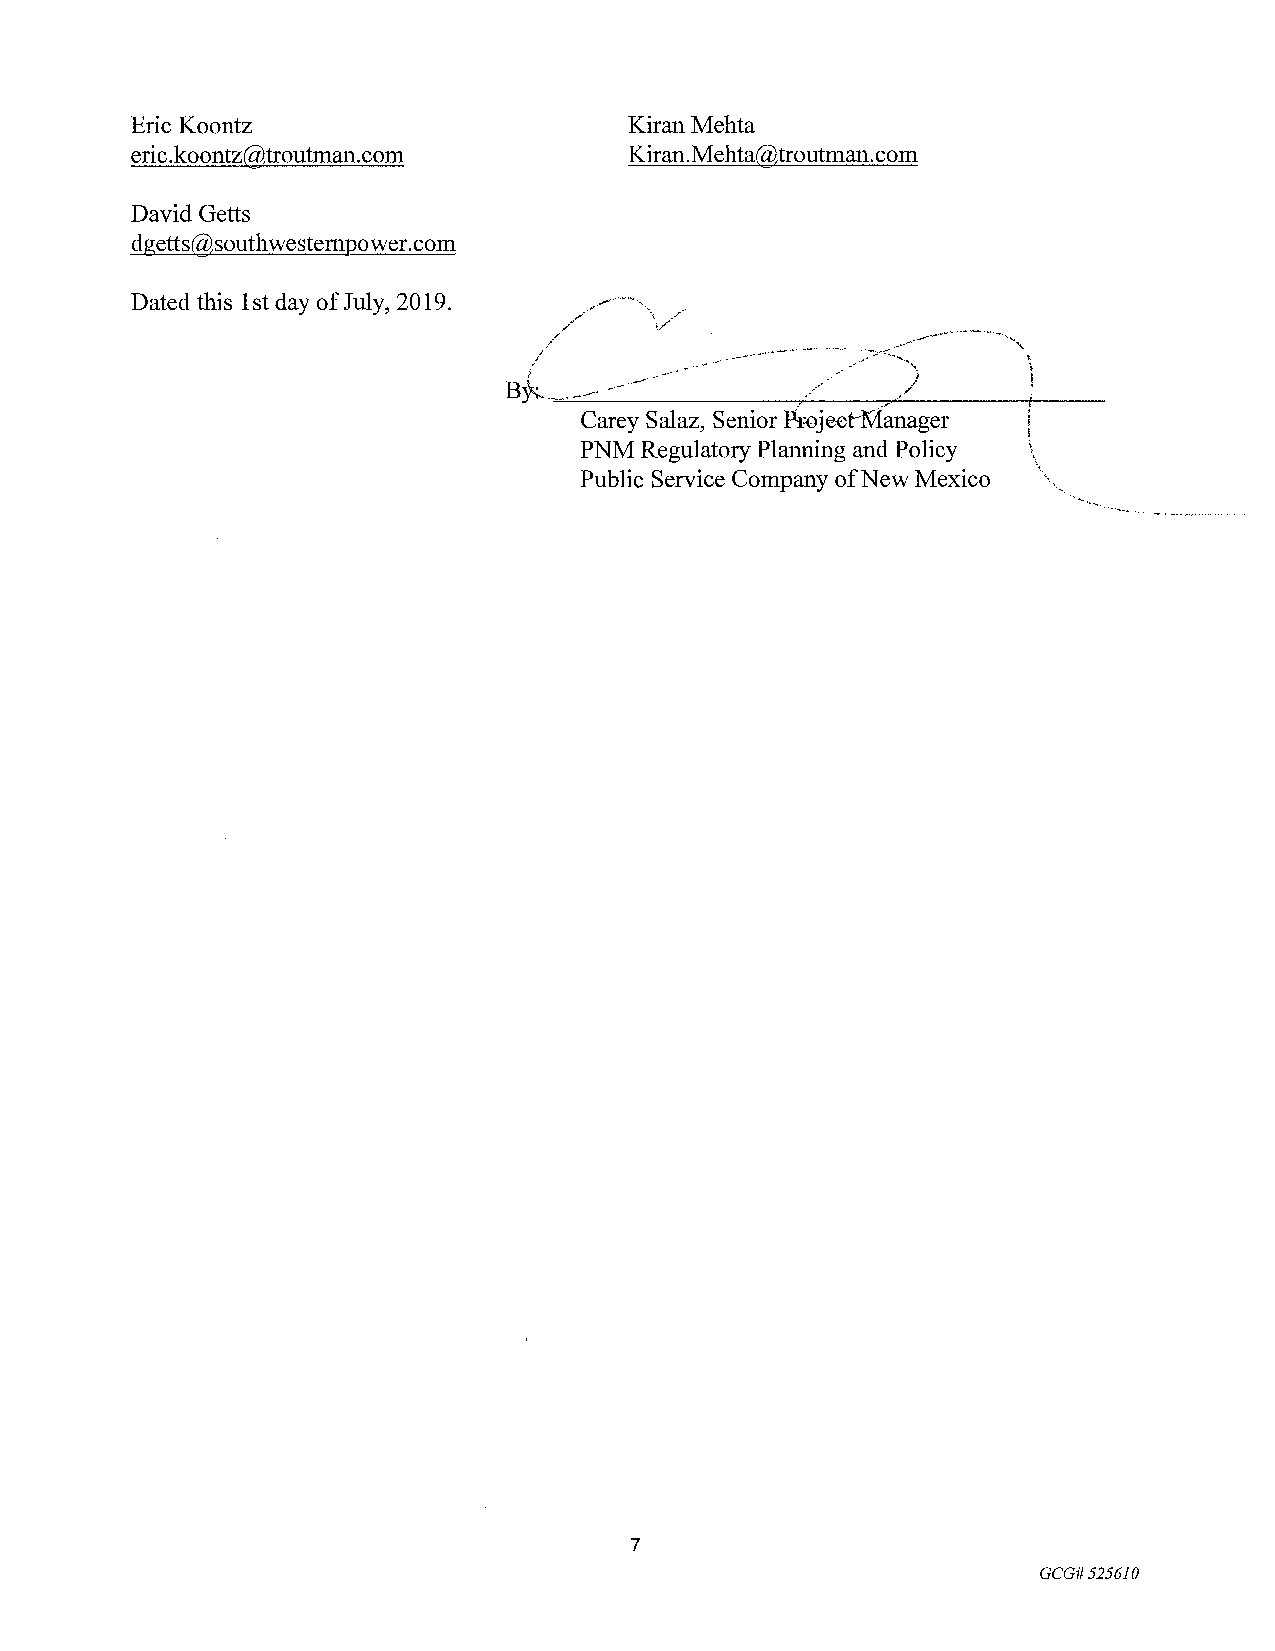
Eric Koontz                      KiranMehta
 eric.koontz@troutman.com         Kiran.Mehta@troutman.com
 David Getts
 dgetts@southwesternpower.com
 Dated this 1st day of July, 2019.
 7
 GCG#525610